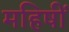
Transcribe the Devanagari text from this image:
महिषीं